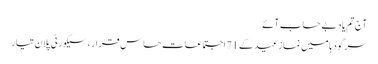
آج تم یاد بے حساب آئے
سرگودہا میں نماز عید کے 71 اجتماعات حساس قرار ، سیکورٹی پلان تیار